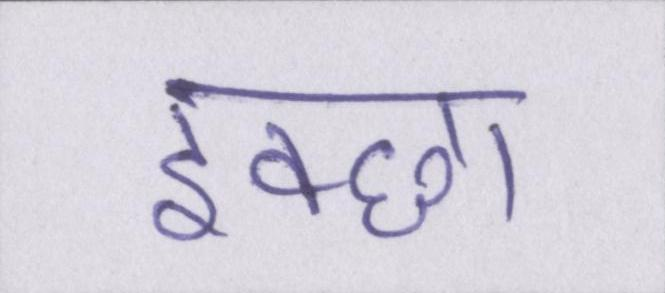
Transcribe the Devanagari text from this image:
इक्छा